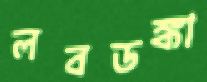
লবডঙ্কা